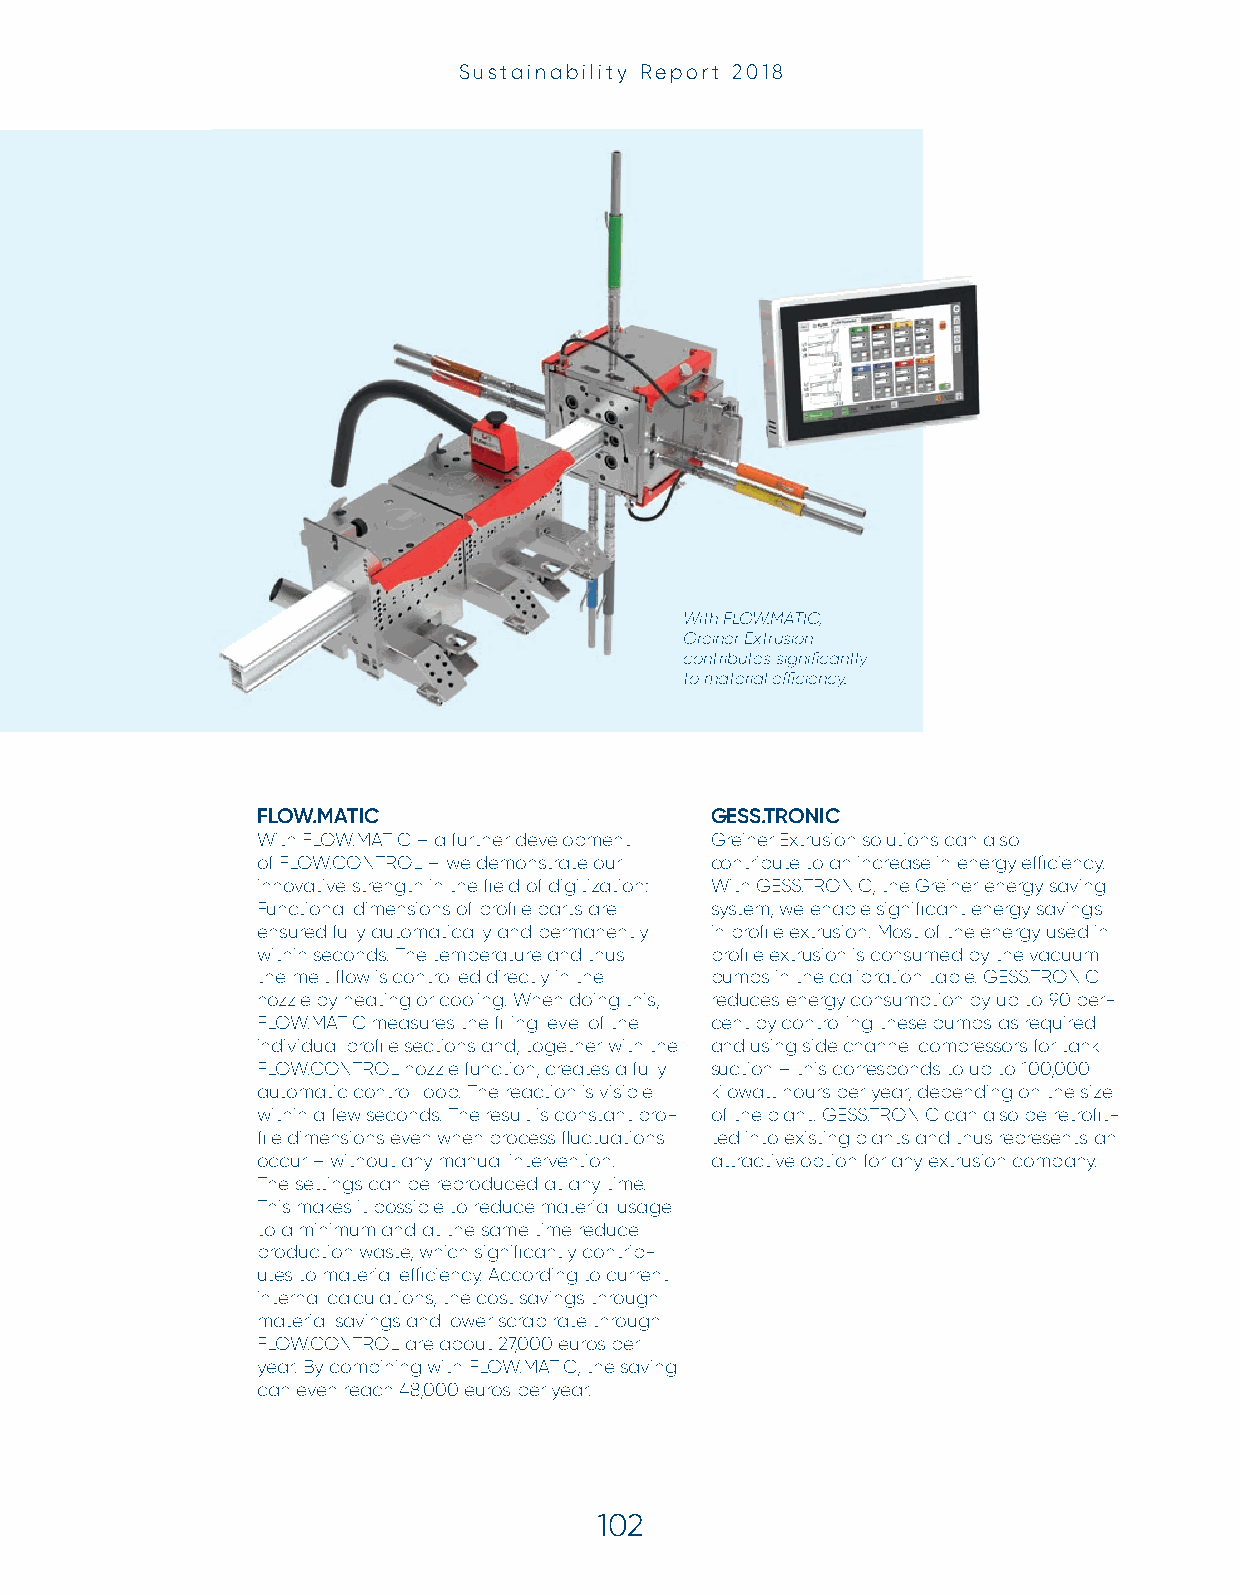
Sustainability Report 2018
 WWiitthh FFLLOOWW..MMAATTIICC,, Greiner
 EGxrteriunseior nE xctorunstiroibnutes
 sciognntifir icbauntetlsy stiog nmifia ctaenritalyl
 etoffi mciaentecryia. l effi ciency.
 FLOW.MATIC                    GESS.TRONIC
 With FLOW.MATIC – a further development Greiner Extrusion solutions can also
 of FLOW.CONTROL – we demonstrate our contribute to an increase in energy effi ciency.
 innovative strength in the fi eld of digitization: With GESS.TRONIC, the Greiner energy saving
 Functional dimensions of profi le parts are system, we enable signifi cant energy savings
 ensured fully automatically and permanently in profi le extrusion. Most of the energy used in
 within seconds. The temperature and thus profi le extrusion is consumed by the vacuum
 the melt fl ow is controlled directly in the pumps in the calibration table. GESS.TRONIC
 nozzle by heating or cooling. When doing this, reduces energy consumption by up to 90 per-
 FLOW.MATIC measures the fi lling level of the cent by controlling these pumps as required
 individual profi le sections and, together with the and using side channel compressors for tank
 FLOW.CONTROL nozzle function, creates a fully suction – this corresponds to up to 100,000
 automatic control loop. The reaction is visible kilowatt hours per year, depending on the size
 within a few seconds. The result is constant pro- of the plant. GESS.TRONIC can also be retrofi t-
 fi le dimensions even when process fl uctuations ted into existing plants and thus represents an
 occur – without any manual intervention. attractive option for any extrusion company.
 The settings can be reproduced at any time.
 This makes it possible to reduce material usage
 to a minimum and at the same time reduce
 production waste, which signifi cantly contrib-
 utes to material effi ciency. According to current
 internal calculations, the cost savings through
 material savings and lower scrap rate through
 FLOW.CONTROL are about 27,000 euros per
 year. By combining with FLOW.MATIC, the saving
 can even reach 48,000 euros per year.
 102